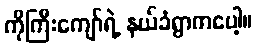
ကိုကြီးကျော်ရဲ့ နယ်ခံရွာကပေါ့။